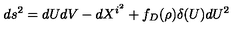
d s ^ { 2 } = d U d V - d X ^ { i ^ { 2 } } + f _ { D } ( \rho ) \delta ( U ) d U ^ { 2 }